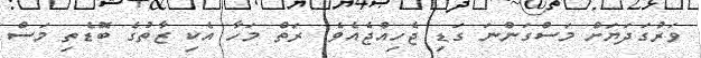
ވަރުގަދަޔަށް މަސްގަންނަ ގަޑި ޖެހިއްޖެއެވެ. ރަތް މަހާ އެކި ޒާތުގެ ބޮޑެތި މަސް